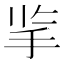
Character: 㧛